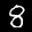
Label: 8